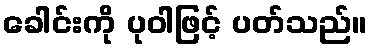
ခေါင်းကို ပုဝါဖြင့် ပတ်သည်။